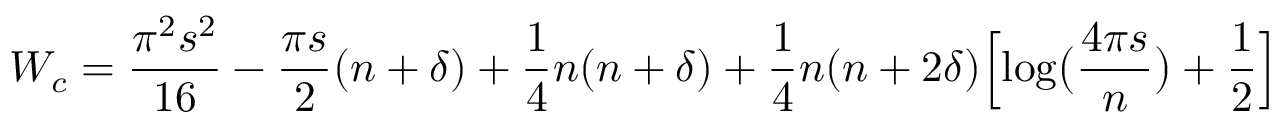
W _ { c } = { \frac { \pi ^ { 2 } s ^ { 2 } } { 1 6 } } - { \frac { \pi s } { 2 } } ( n + \delta ) + { \frac { 1 } { 4 } } n ( n + \delta ) + { \frac { 1 } { 4 } } n ( n + 2 \delta ) \Bigl [ \log \bigl ( { \frac { 4 \pi s } { n } } \bigr ) + { \frac { 1 } { 2 } } \Bigr ]